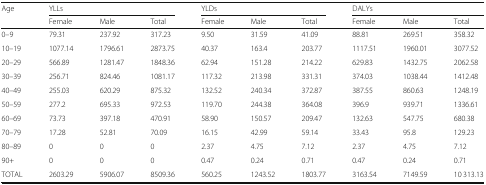
<table><thead><tr><td rowspan="2"><b>Age</b></td><td colspan="3"><b>YLLs</b></td><td colspan="3"><b>YLDs</b></td><td colspan="3"><b>DALYs</b></td></tr><tr><td><b>Female</b></td><td><b>Male</b></td><td><b>Total</b></td><td><b>Female</b></td><td><b>Male</b></td><td><b>Total</b></td><td><b>Female</b></td><td><b>Male</b></td><td><b>Total</b></td></tr></thead><tbody><tr><td>0–9</td><td>79.31</td><td>237.92</td><td>317.23</td><td>9.50</td><td>31.59</td><td>41.09</td><td>88.81</td><td>269.51</td><td>358.32</td></tr><tr><td>10–19</td><td>1077.14</td><td>1796.61</td><td>2873.75</td><td>40.37</td><td>163.4</td><td>203.77</td><td>1117.51</td><td>1960.01</td><td>3077.52</td></tr><tr><td>20–29</td><td>566.89</td><td>1281.47</td><td>1848.36</td><td>62.94</td><td>151.28</td><td>214.22</td><td>629.83</td><td>1432.75</td><td>2062.58</td></tr><tr><td>30–39</td><td>256.71</td><td>824.46</td><td>1081.17</td><td>117.32</td><td>213.98</td><td>331.31</td><td>374.03</td><td>1038.44</td><td>1412.48</td></tr><tr><td>40–49</td><td>255.03</td><td>620.29</td><td>875.32</td><td>132.52</td><td>240.34</td><td>372.87</td><td>387.55</td><td>860.63</td><td>1248.19</td></tr><tr><td>50–59</td><td>277.2</td><td>695.33</td><td>972.53</td><td>119.70</td><td>244.38</td><td>364.08</td><td>396.9</td><td>939.71</td><td>1336.61</td></tr><tr><td>60–69</td><td>73.73</td><td>397.18</td><td>470.91</td><td>58.90</td><td>150.57</td><td>209.47</td><td>132.63</td><td>547.75</td><td>680.38</td></tr><tr><td>70–79</td><td>17.28</td><td>52.81</td><td>70.09</td><td>16.15</td><td>42.99</td><td>59.14</td><td>33.43</td><td>95.8</td><td>129.23</td></tr><tr><td>80–89</td><td>0</td><td>0</td><td>0</td><td>2.37</td><td>4.75</td><td>7.12</td><td>2.37</td><td>4.75</td><td>7.12</td></tr><tr><td>90+</td><td>0</td><td>0</td><td>0</td><td>0.47</td><td>0.24</td><td>0.71</td><td>0.47</td><td>0.24</td><td>0.71</td></tr><tr><td>TOTAL</td><td>2603.29</td><td>5906.07</td><td>8509.36</td><td>560.25</td><td>1243.52</td><td>1803.77</td><td>3163.54</td><td>7149.59</td><td>10 313.13</td></tr></tbody></table>